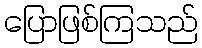
ပြောဖြစ်ကြသည်